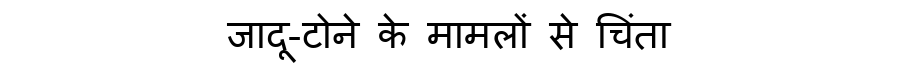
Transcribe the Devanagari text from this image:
जादू-टोने के मामलों से चिंता